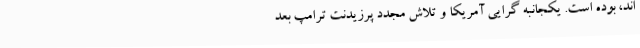
اند، بوده است. یکجانبه گرایی آمریکا و تلاش مجدد پرزیدنت ترامپ بعد